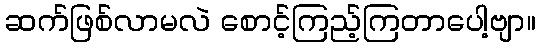
ဆက်ဖြစ်လာမလဲ စောင့်ကြည့်ကြတာပေါ့ဗျာ။